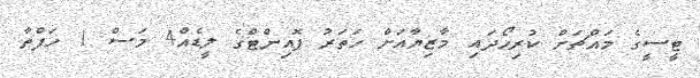
ޓީސީގެ މައްޗަށް ކުރިހޯދައި މާޒިޔާއަށް ހަތަރު ޕޮއިންޓްގެ ލީޑެއް4 މަސް 1 ހަފްތާ